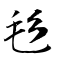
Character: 毝